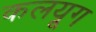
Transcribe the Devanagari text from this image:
कलयूग